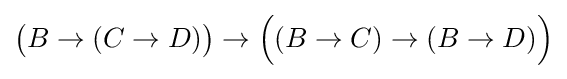
{\big (}B\rightarrow (C\to D){\big )}\to {\Big (}(B\rightarrow C)\to (B\to D){\Big )}